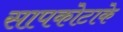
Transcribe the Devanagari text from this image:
सापकोटाके